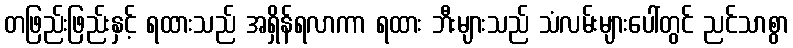
တဖြည်းဖြည်းနှင့် ရထားသည် အရှိန်ရလာကာ ရထား ဘီးများသည် သံလမ်းများပေါ်တွင် ညင်သာစွာ